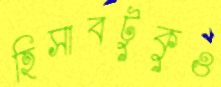
হিসাবটুকুও